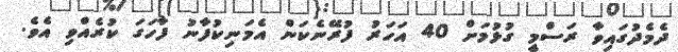
ދެމެދުގައިވާ ރަސްމީ ގުޅުމަށް 40 އަހަރު ފުރޭނެކަން އެމަނިކުފާނު ފާހަގަ ކުރެއްވި އެވެ.